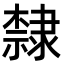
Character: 隸